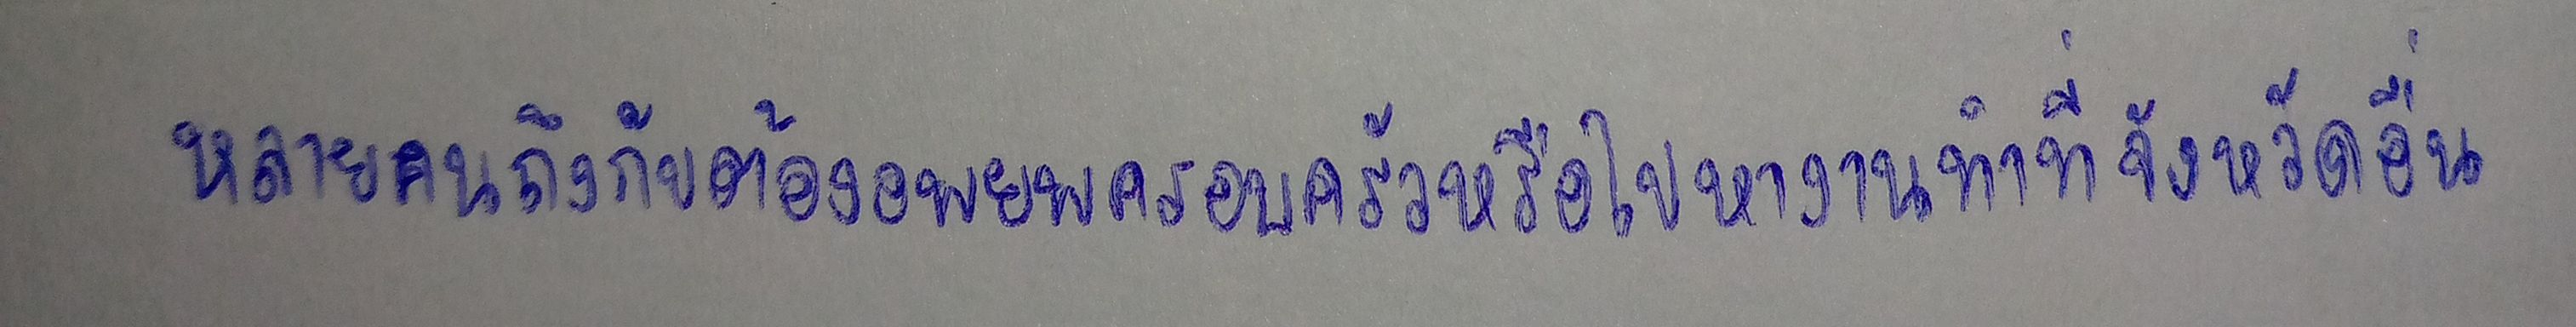
หลายคนถึงกับต้องอพยพครอบครัวหรือไปหางานทำที่จังหวัดอื่น